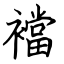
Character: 襠